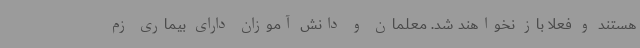
هستند و فعلا باز نخواهند شد. معلمان و دانش آموزان دارای بیماری زم